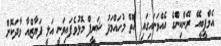
އެމްޕީބީއޭ ރޭންކިންގެ އެއްވަނައިގައި އޮތް މުހައްމަދު ޝަރީފް މޮޅުވެފައިވަނީ އަލީ ފަޔާޒްއާ ވާދަކޮށް